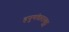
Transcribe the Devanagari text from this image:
हनुमंतारायुडु